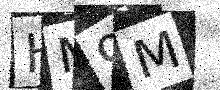
Text: HM9M